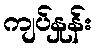
ကျပ်နှုန်း